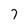
Character: 7